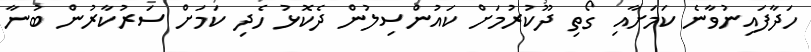
ހަދާފައިނުވާނެ ކަމަށާއި ގޯތި ދޫކުރުމަށް ކައުންސިލުން ދެކޮޅު ހެދި ކަމަށް ސަރުކާރުން ބުނާ